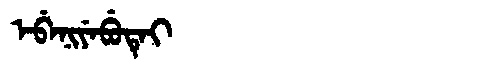
Manchu: ᡝᠪᡝᠨᡳᠶᡝᠪᡠᡨᡝᡳ
Romanization: EBENIYEBUTEI